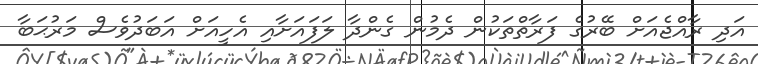
އަދި ރާއްޖެއަށް ބޭރުގެ ފަރާތްތަކުން ދެމުން ގެންދާ ލަފައަށާއި އެހީއަށް އަބަދުވެސް މަރުޙަބާ